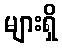
များရှိ